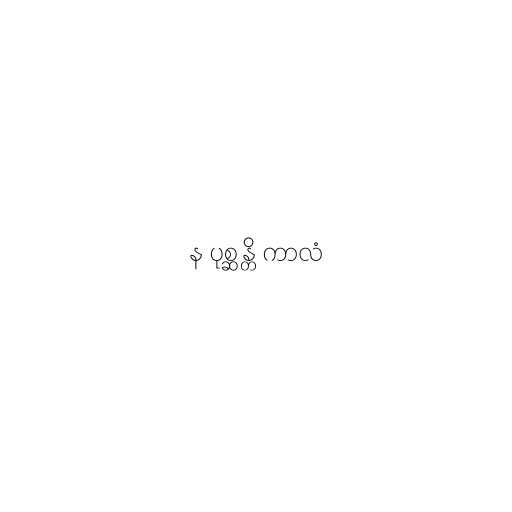
န ပုစ္ဆန္တိ ကာလံ